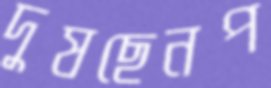
দুষছেনপ